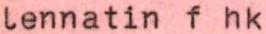
lennatin f hk